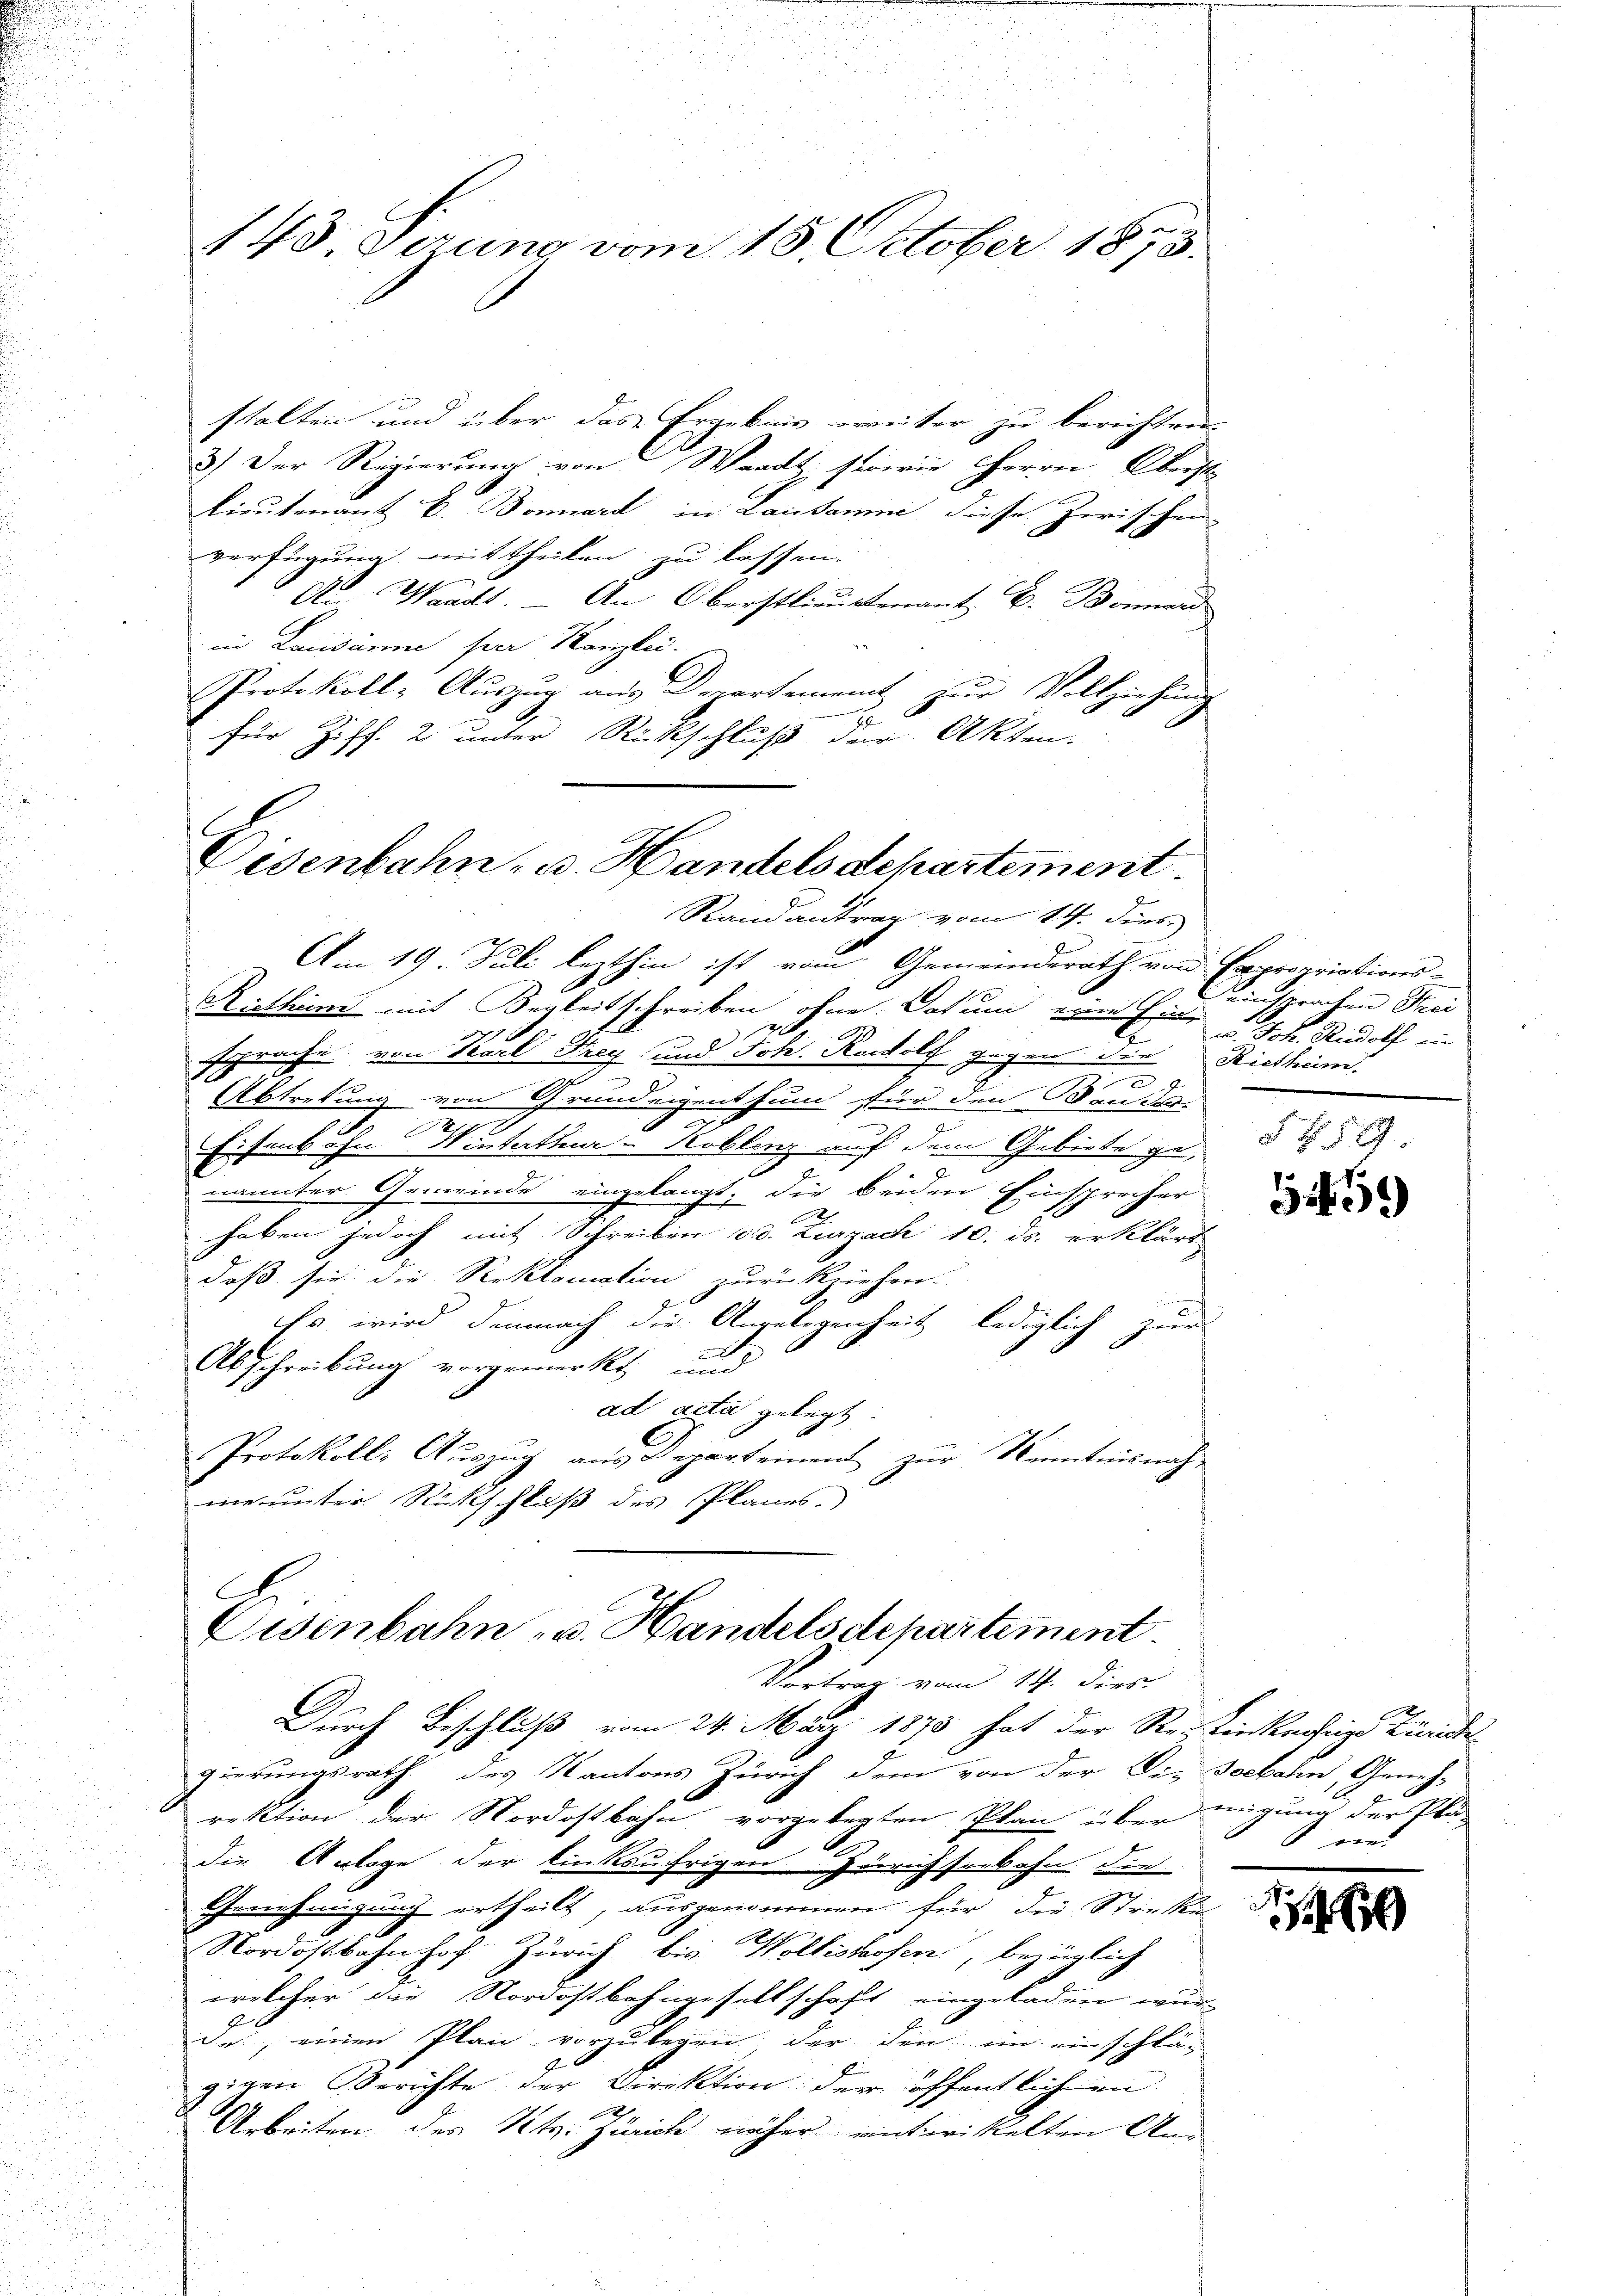
sthalten und über das Praeknis weiter zu berichten
3.) Der Regierung von Waadt, sowie Herrn Oberst
Lieutenant E. Bonard in Lausanne diese Zerischen
verfügung mittheilen zu lassen.
Schon einen ein
An Waadt An Oberstlieutenant E. Bonard
in Lausanne per Kanzlei.
Protokoll- Aŭszŭg aŭs Departement zŭr Vollziehŭng
E
für Ziff. 2 unter Rückschluß der Akten.

143. Serung vom 18. Oktober 1873.

Disenbahn- u. Handels departement.
Randantrag vom 14. dies

Am 19. Juli lezthin ist vom Gemeinderath von Kapropriations-
Riethun mit Begleitschreiben ohne Datum eine Hi
2
ssprache von Karl Frey und Joh. Rudolf gegen die Rietheim.
9
AAbtretung von Grundeigenthum für den Bander-
1
.
Eisenbahn Winterthur–Koblenz auf dem Gebiete genannter Gemeinde eingelangt; die beiden Einsprecher
A
haben jedoch mit Schreiben od. Zurzach 10. ds. erklärt
daß sie die Reklamation zurückziehen.
Es wird demnach die Angelegenheit lediglich zur

Abschreibung vorgemerkt und
ad acta gelegt.
Protokoll, Auszug aus Departement zur Kenntnis nach-
menunter Rückschluß des Planes.

C
Eisenbahn u. Handelsdepartement.
Vortrag vom 14. dies

Seinsprachen Thei
Joh. Rudolf in
§ f. 529

Durch Beschluß vom 24. März 1873 hat der Re-Einkaehrige Linde
gierungsrath des Kantons Zürich dem von der Die Seebahn, Geneh-
rektion der Nordostbahn vorgelegten Plan über eigung der Pläs
die Anlage der linksufrigen Zürichserbahn die
Genehmigung ertheilt, ausgenommen für die Streken
Nordostbahnhof Zürich, bis. Wollishofen, bezüglich
welcher die Nordostbahngesellschaft eingeladen wur-
des, einen Plan vorzulegen, der den im einschlägigen Berichte der Direktion der öffentlichen
e
Arbeiten des Kts. Zürich näher entwickelten An-

159

S. und

s